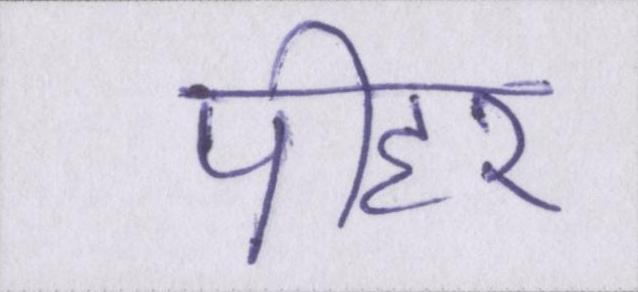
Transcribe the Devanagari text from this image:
पीहर